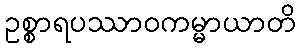
ဥစ္စာရပဿာဝကမ္မာယာတိ